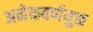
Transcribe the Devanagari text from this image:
अनेकवर्णयुक्त